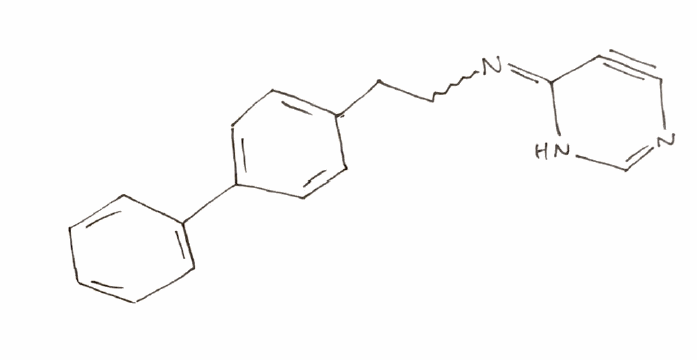
Simplified molecular-input line-entry system (SMILES) notation of the given molecule:
C1=CC=C(C=C1)C2=CC=C(C=C2)CCN=C3C#CN=CN3